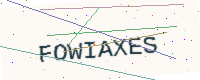
Text: FOWIAXES